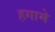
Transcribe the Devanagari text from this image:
हगामे